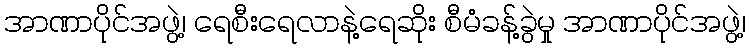
အာဏာပိုင်အဖွဲ့၊ ရေစီးရေလာနဲ့ရေဆိုး စီမံခန့်ခွဲမှု အာဏာပိုင်အဖွဲ့၊